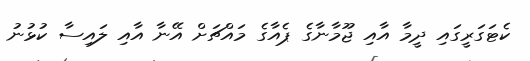
ކެޓަގަރީގައި ދީމާ އާއި ޖޫމާނާގެ ޕެއާގެ މައްޗަށް އޭނާ އާއި ލައިސާ ކުޅުނު